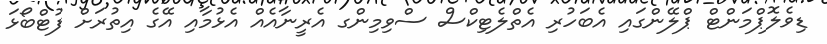
ޑިވެލޮޕްމަންޓް ޕްލޭންގައި އެބަހުރި އެތްލެޓިކްސް ސްވިމިންގ އެރީނާއެއް އެޅުމާއި އޭގެ އިތުރަށް ފުޓްބޯޅަ